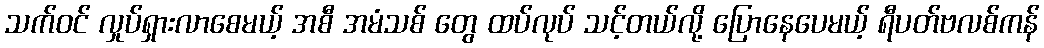
သက်ဝင် လှုပ်ရှားလာစေမယ့် အစီ အမံသစ် တွေ ထပ်လုပ် သင့်တယ်လို့ ပြောနေပေမယ့် ရီပတ်ဗလစ်ကန်